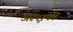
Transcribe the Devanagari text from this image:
अस्पृश्यते